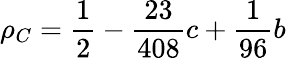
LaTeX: \rho_{C}=\frac{1}{2}-\frac{23}{408}c+\frac{1}{96}b